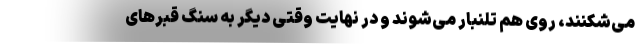
می‌شکنند، روی هم تلنبار می‌شوند و در نهایت وقتی دیگر به سنگ قبرهای